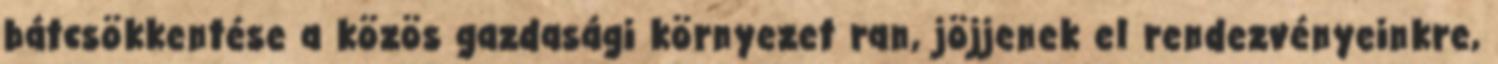
bátcsökkentése a közös gazdasági környezet ran, jöjjenek el rendezvényeinkre,